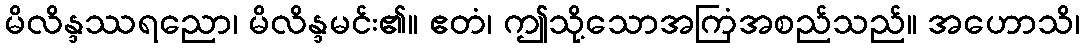
မိလိန္ဒဿရညော၊ မိလိန္ဒမင်း၏။ ဧတံ၊ ဤသို့သောအကြံအစည်သည်။ အဟောသိ၊